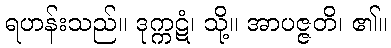
ရဟန်းသည်။ ဒုက္ကဋံ၊ သို့။ အာပဇ္ဇတိ၊ ၏။